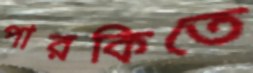
পারকিতে